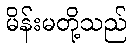
မိန်းမတို့သည်